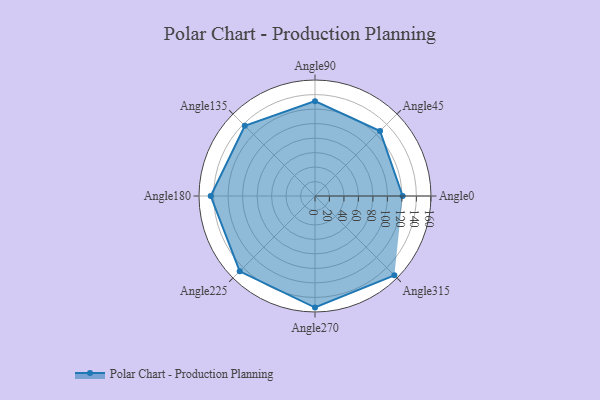
{"axis": {"x": "Angle", "y": "Radius"}, "legend": [""], "data": [{"x": "Angle0", "y": 121.0, "type": ""}, {"x": "Angle45", "y": 127.0, "type": ""}, {"x": "Angle90", "y": 131.0, "type": ""}, {"x": "Angle135", "y": 137.0, "type": ""}, {"x": "Angle180", "y": 144.0, "type": ""}, {"x": "Angle225", "y": 147.0, "type": ""}, {"x": "Angle270", "y": 154.0, "type": ""}, {"x": "Angle315", "y": 155.0, "type": ""}]}